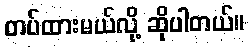
တပ်ထားမယ်လို့ ဆိုပါတယ်။